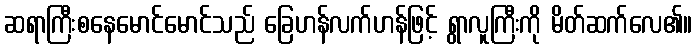
ဆရာကြီးစနေမောင်မောင်သည် ခြေဟန်လက်ဟန်ဖြင့် ရွာလူကြီးကို မိတ်ဆက်လေ၏။